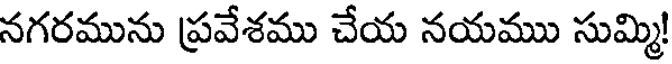
నగరమును ప్రవేశము చేయ నయము సుమ్మి!